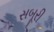
સબૂરી